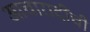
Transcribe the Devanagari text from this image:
आचारादींची